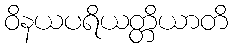
ဝိနယပရိယတ္တိယာတိ